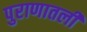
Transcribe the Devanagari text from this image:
पुराणातली